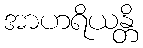
အာဟရိယန္တိ